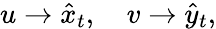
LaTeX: u\rightarrow\hat{x}_{t},\quad v\rightarrow\hat{y}_{t},